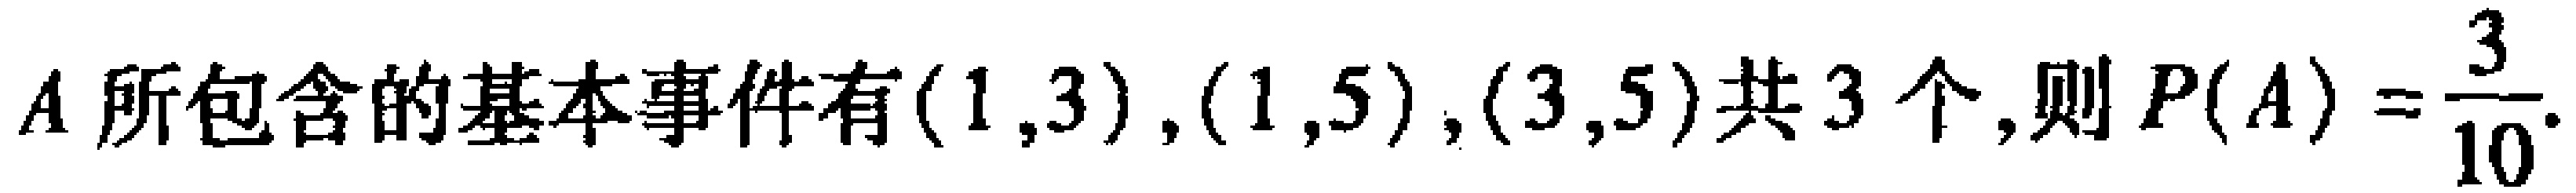
\(A\)所包含的基本事件有\((1,3),(1,5),(3,5)\)共\(3\)个,则\(P(A)=\frac{3}{10}\).